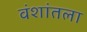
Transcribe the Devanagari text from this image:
वंशांतला